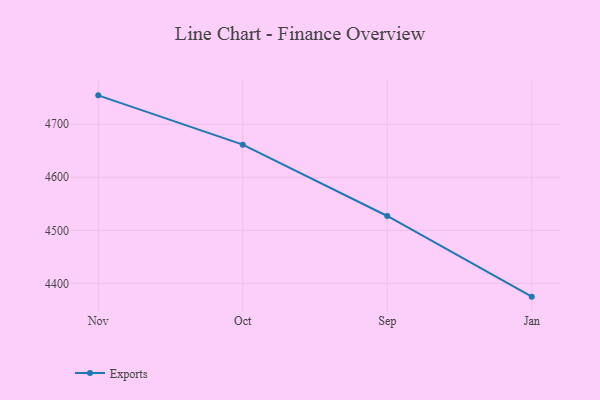
{"axis": {"x": "Month", "y": "Latency (ms)"}, "legend": ["Exports"], "data": [{"x": "Nov", "y": 4754.4, "type": "Exports"}, {"x": "Oct", "y": 4661.5, "type": "Exports"}, {"x": "Sep", "y": 4527.1, "type": "Exports"}, {"x": "Jan", "y": 4375.1, "type": "Exports"}]}